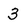
Character: 3